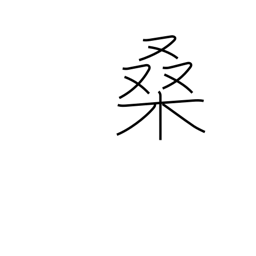
Meaning: mulberry